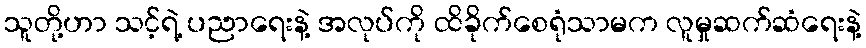
သူတို့ဟာ သင့်ရဲ့ ပညာရေးနဲ့ အလုပ်ကို ထိခိုက်စေရုံသာမက လူမှုဆက်ဆံရေးနဲ့